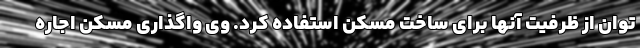
توان از ظرفیت آنها برای ساخت مسکن استفاده کرد. وی واگذاری مسکن اجاره